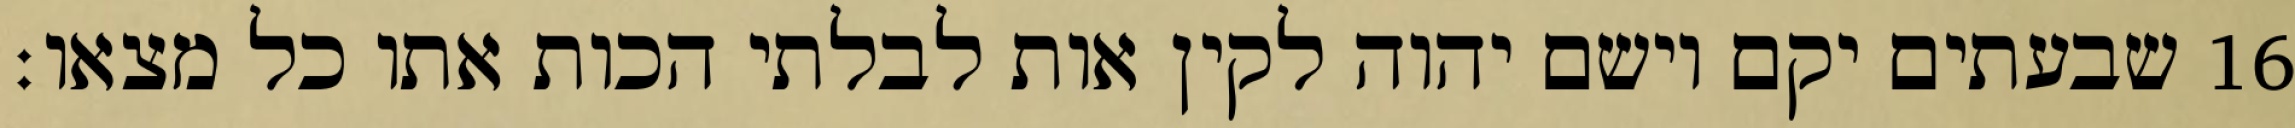
שבעתים יקם וישם יהוה לקין אות לבלתי הכות אתו כל מצאו׃ ‎16‏